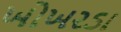
ખોખરડા